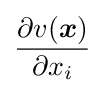
{\frac {\partial v({\boldsymbol {x}})}{\partial x_{i}}}